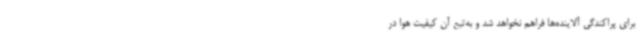
برای پراکندگی آلاینده‌ها فراهم نخواهد شد و به‌تبع آن کیفیت هوا در